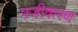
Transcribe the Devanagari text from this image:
पजीकरण